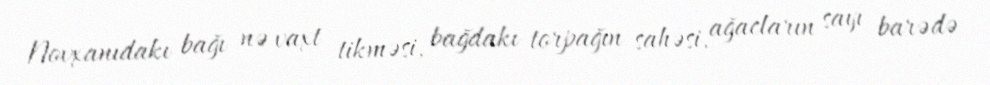
Novxanıdakı bağı nə vaxt tikməsi, bağdakı torpağın sahəsi, ağacların sayı barədə